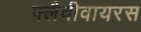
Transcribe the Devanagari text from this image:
फ्लैवीवायरस